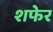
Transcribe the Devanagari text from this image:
शफेर